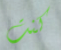
كنت